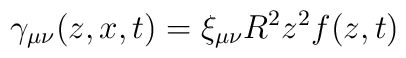
\gamma_{\mu \nu}(z,x,t) = \xi_{\mu\nu}R^2z^2f(z,t)